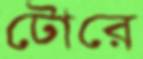
টোরে